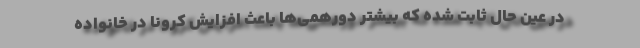
در عین حال ثابت شده که بیشتر دورهمی‌ها باعث افزایش کرونا در خانواده